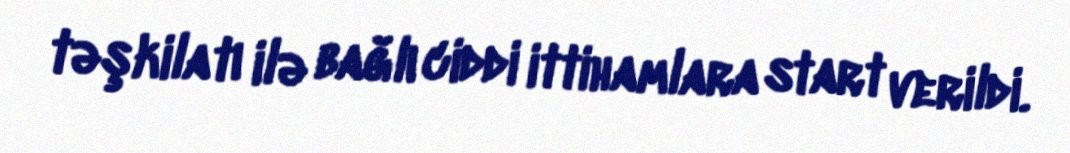
təşkilatı ilə bağlı ciddi ittihamlara start verildi.